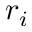
r _ { i }